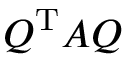
Q ^ { \mathrm { T } } A Q